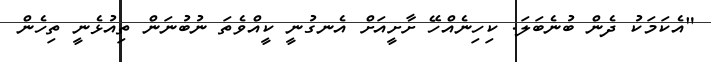
"އެކަމަކު ދެން ބުނެބަލަ. ކިހިނެއްހޭ ށާށީއަށް އެނގުނީ ކީއްވެތަ ނުބުނަން ތިއުޅެނީ ތިހެން